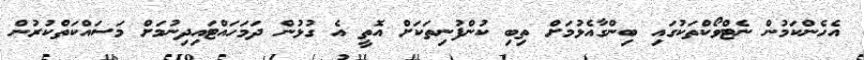
އެހެންކަމުން ނެޓްވޯކްތަކުގައި ބިންގާއެޅުމަށް ތިބި ކުންފުނިތަކަށް އޮތީ އެ ގުޅުން ދަމަހައްޓައިދިނުމަށް މަސައްކަތްކުރުން